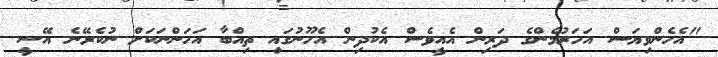
"އެހެންވިޔަސް އަހަރުމެންގެ ދަރިން އެއީވެސް އެކުދިން އެހޫނުގައި ތިއްބާ އަހަންނަކަށް ނުކެރޭނެ އޭސީ